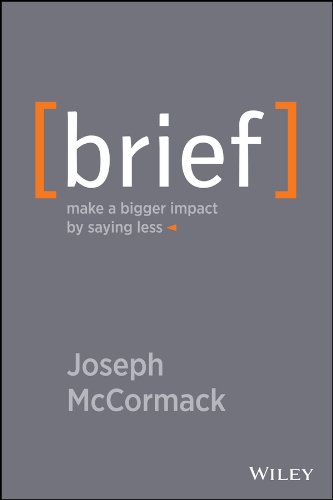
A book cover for Brief: Make a Bigger Impact by Saying Less; Joseph McCormack; Business & Money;